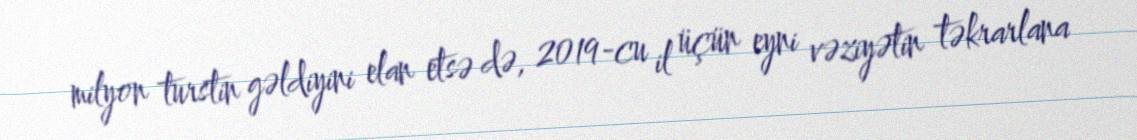
milyon turstin gəldiyini elan etsə də, 2019-cu il üçün eyni vəziyətin təkrarlana